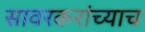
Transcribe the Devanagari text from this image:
सावरकरांच्याच